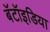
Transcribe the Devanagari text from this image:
बॅटॉइडिया